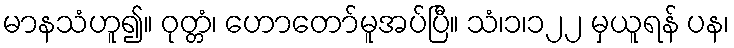
မာနသံဟူ၍။ ဝုတ္တံ၊ ဟောတော်မူအပ်ပြီ။ သံ၊၁၊၁၂၂ မှယူရန် ပန၊